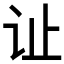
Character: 𫟞